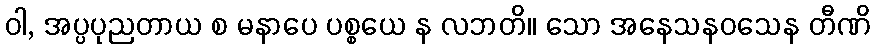
ဝါ, အပ္ပပုညတာယ စ မနာပေ ပစ္စယေ န လဘတိ။ သော အနေသနဝသေန တီဏိ